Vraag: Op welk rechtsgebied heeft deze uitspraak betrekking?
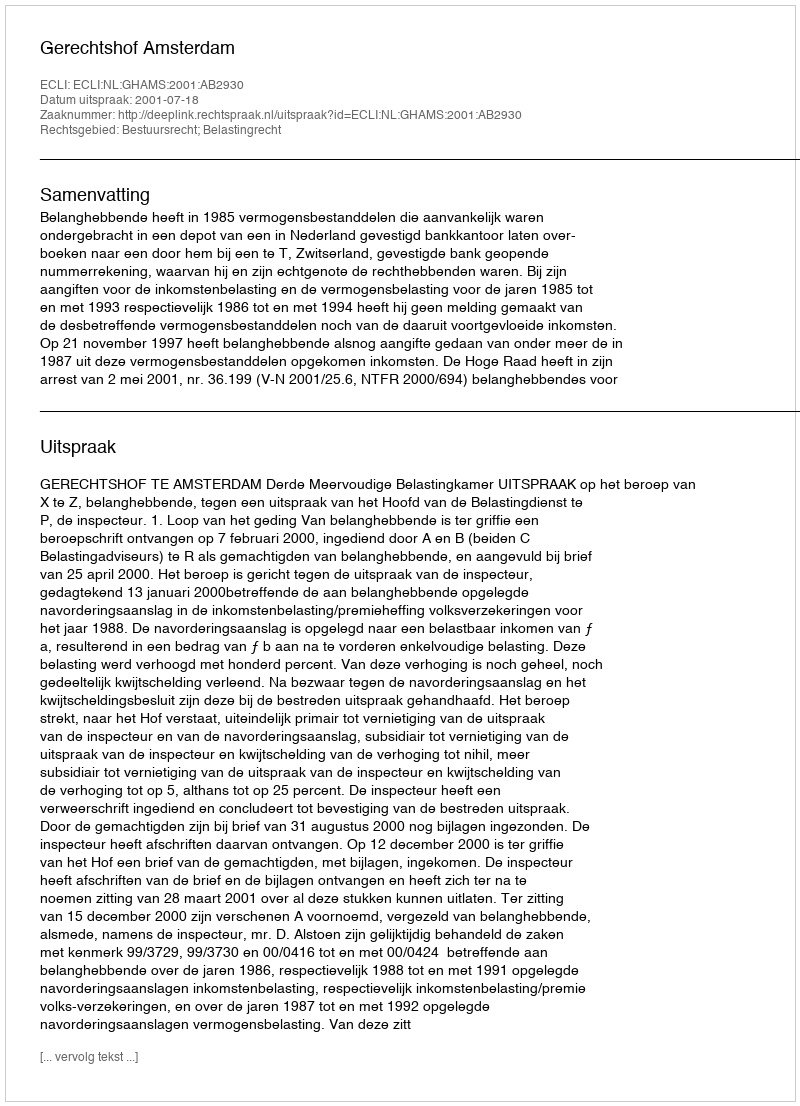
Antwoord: Bestuursrecht; Belastingrecht